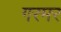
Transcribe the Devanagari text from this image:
गरमर